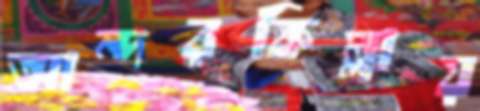
আন্দরকিল্লায়